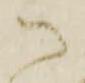
御